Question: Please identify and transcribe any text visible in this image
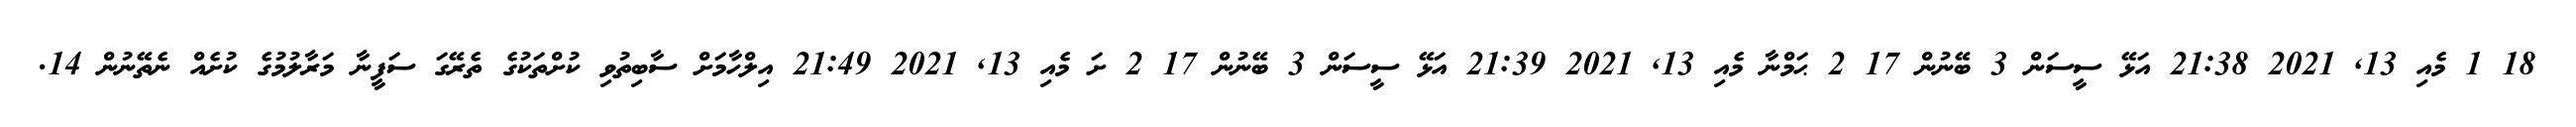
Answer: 18 1 މެއި 13, 2021 21:38 އަޅޭ ސީސަން 3 ބޭނުން 17 2 ޙަމްނާ މެއި 13, 2021 21:39 އަޅޭ ސީސަން 3 ބޭނުން 17 2 ށަ މެއި 13, 2021 21:49 އިލްހާމަށް ސާބިތުވި ކުށްތަކުގެ ތެރޭގަ ސަފީނާ މަރާލުމުގެ ކުށެއް ނެތޭނުން 14.